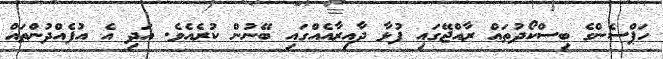
ހަޕްސެންގެ ބިސްކޯދުތައް ރާއްޖޭގައި ފުޅާ ދާއިރާއެއްގައި ބޭނުން ކުރެއެވެ. އަދި އެ އުފެއްދުންތައް